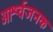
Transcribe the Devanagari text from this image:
आर्श्चजनक